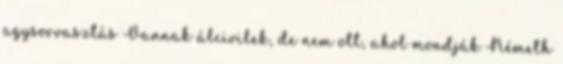
agysorvasztás Vannak álcivilek, de nem ott, ahol mondják Németh